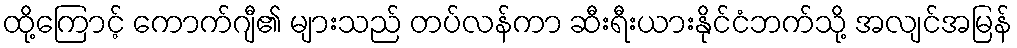
ထို့ကြောင့် ကောက်ဂျီ၏ များသည် တပ်လန်ကာ ဆီးရီးယားနိုင်ငံဘက်သို့ အလျင်အမြန်